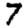
Digit: 7